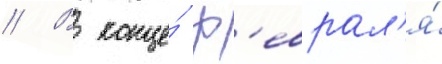
// В конце́ ф'еврал'я́